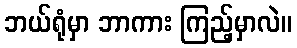
ဘယ်ရုံမှာ ဘာကား ကြည့်မှာလဲ။